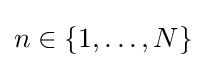
n\in \left\{1,\dots ,N\right\}